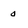
Character: 0